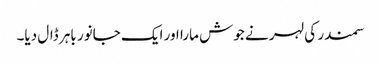
سمندر کی لہر نے جوش مارا اور ایک جانور باہر ڈال دیا۔